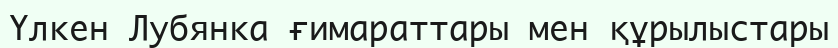
Үлкен Лубянка ғимараттары мен құрылыстары